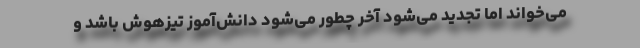
می‌خواند اما تجدید می‌شود آخر چطور می‌شود دانش‌آموز تیزهوش باشد و